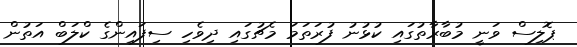
ޕޮލިސް ވަނީ މުބާރާތުގައި ކުޅުނު ފުރަތަމަ މެޗުގައި ދިވެހި ސިފައިންގެ ކްލަބް އަތުން